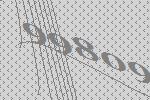
99809